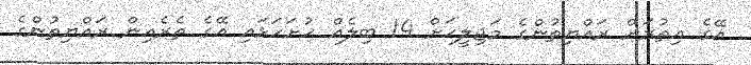
އޭގެ އިތުރަށް ރައްޔިތުންގެ މަޖިލީހަށް 14 ބިލެއް ހުށަހަޅައި އޭގެ ތެރެއިން ރައްޔިތުންގެ